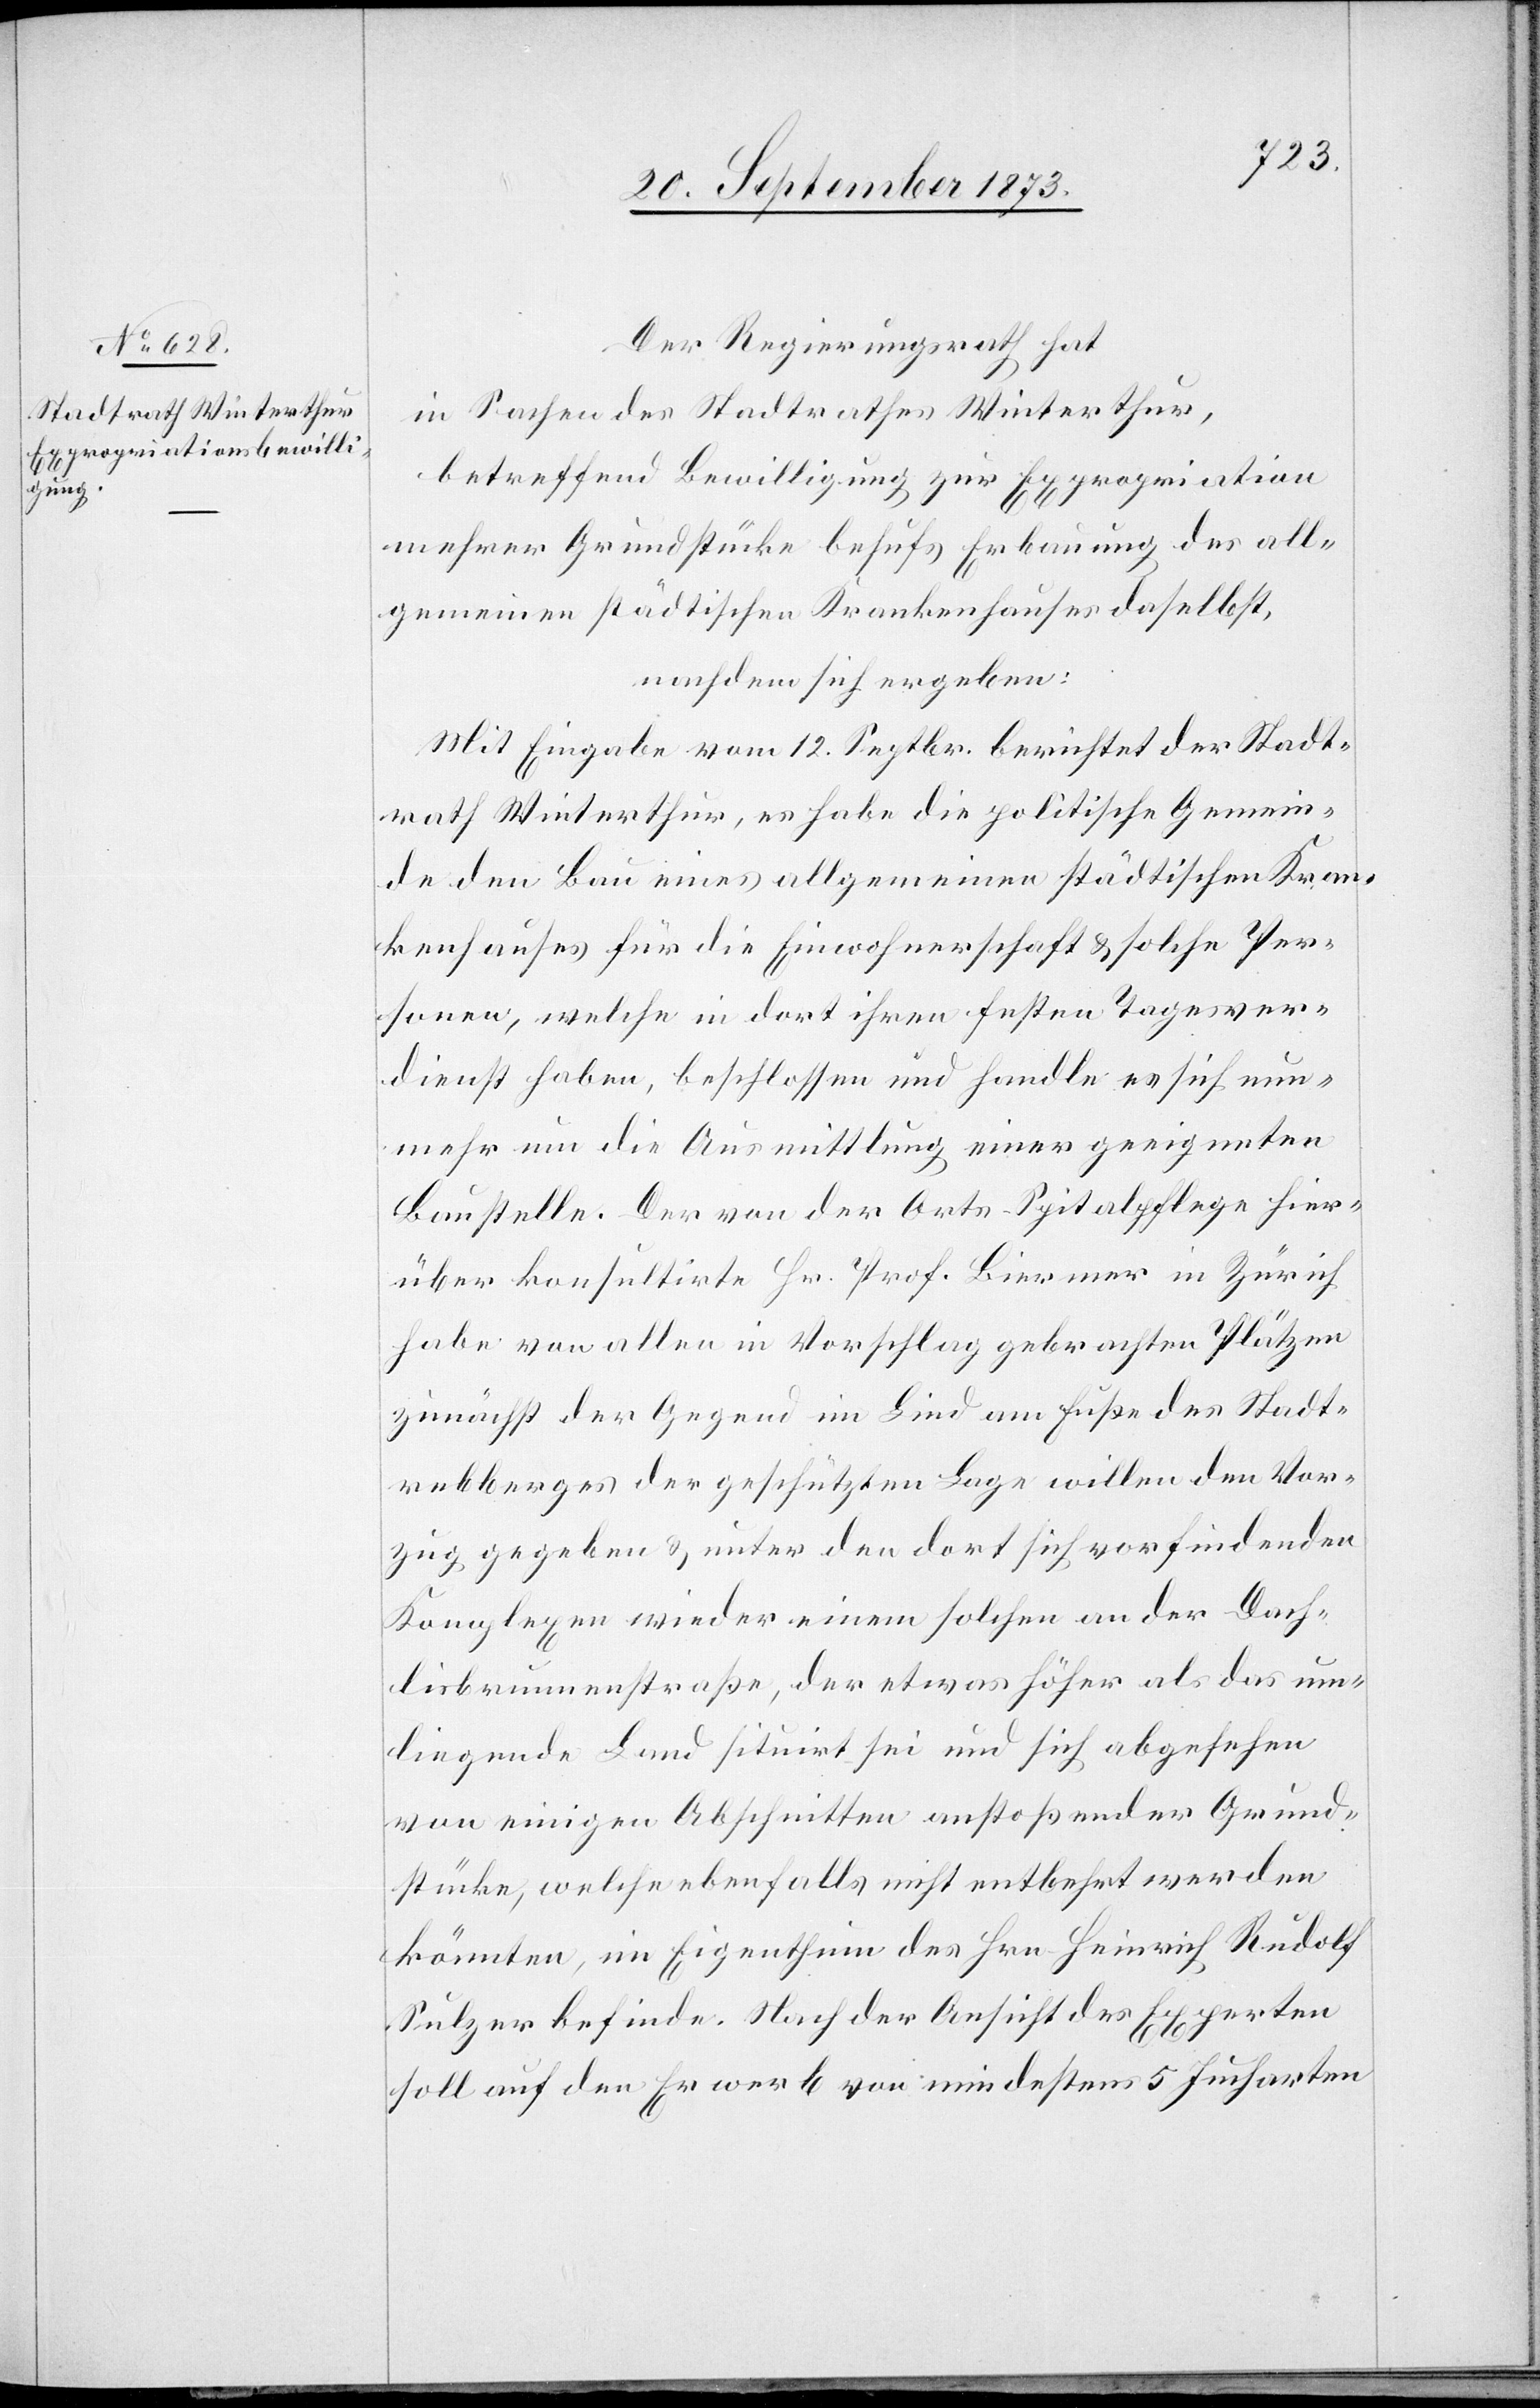
Der Regierungsrath hat
in Sachen des Stadtrathes Winterthur,
betreffend Bewilligung zur Expropriation
mehrer[er] Grundstücke behufs Erbauung des all¬
gemeinen städtischen Krankenhauses daselbst,
nachdem sich ergeben:
Mit Eingabe vom 12. Septbr. berichtet der Stadt¬
rath Winterthur, es habe die politische Gemein¬
de den Bau eines allgemeinen städtischen Kran¬
kenhauses für die Einwohnerschaft & solche Per¬
sonen, welche in dort ihren festen Tagesver¬
dienst haben, beschlossen und handle es sich nun¬
mehr um die Ausmittlung einer geeigneten
Baustelle. Der von der Orts-Spitalpflege hier¬
über konsultirte Hr. Prof. Biermer in Zürich
habe von allen in Vorschlag gebrachten Plätzen
zunächst der Gegend im Lind am Fuße des Stadt¬
rebberges der geschützten Lage willen den Vor¬
zug gegeben & unter den dort sich vorfindenden
Komplexen wieder einen solchen an der Dach¬
lisbrunnenstraße, der etwas höher als das um¬
liegende Land situirt sei und sich abgesehen
von einigen Abschnitten anstoßender Grund¬
stücke, welche ebenfalls nicht entbehrt werden
könnten, im Eigenthum des Hrn. Heinrich Rudolf
Sulzer befinde. Nach der Ansicht des Experten
soll auf den Erwerb von mindestens 5 Jucharten